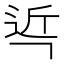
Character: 𮞌